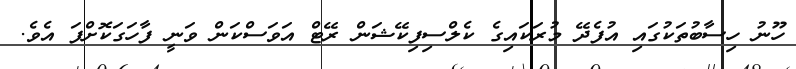
ހޫނު ހިސާބުތަކުގައި އުފެދޭ މުރަކައިގެ ކެލްސިފިކޭޝަން ރޭޓް އަވަސްކަން ވަނީ ފާހަގަކޮށްފަ އެވެ.